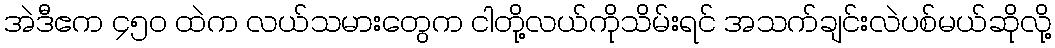
အဲဒီဧက ၄၅၀ ထဲက လယ်သမားတွေက ငါတို့လယ်ကိုသိမ်းရင် အသက်ချင်းလဲပစ်မယ်ဆိုလို့